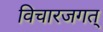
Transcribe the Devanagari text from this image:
विचारजगत्